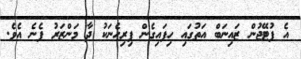
އެ ފުޓޭޖުން ޒައިނަބް އަތުގައި ހިފައިގެން ފިރިހެނަކު ދާ މަންޒަރު ފެނެ އެވެ.